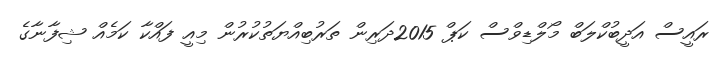
ރައީސް އަދީބުކްލަބް މޯލްޑިވްސް ކަޕް 2015ދަރިން ތަރުބިއްޔަތުކުރުން މިއީ ފައްކާ ކަމެއް ޝިފާނާގެ